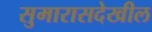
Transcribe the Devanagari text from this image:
सुमारासदेखील